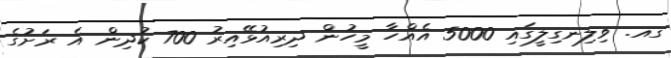
ގއ. ވިލިނގިލީގައި 5000 އެއްހާ މީހުން ދިރިއުޅޭއިރު 700 ކުދިން އެ ރަށުގެ